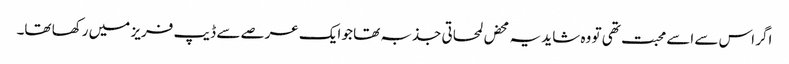
اگر اس سے اسے محبت تھی تو وہ شاید یہ محض لمحاتی جذبہ تھا جو ایک عرصے سے ڈیپ فریز میں رکھا تھا۔